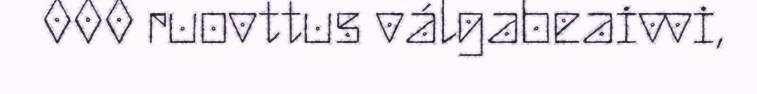
000 ruovttus válgabeaivvi,